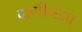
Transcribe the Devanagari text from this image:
वाणीमंडप